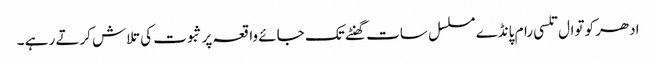
ادھر کوتوال تلسی رام پانڈے مسلسل سات گھنٹے تک جائے واقعہ پر ثبوت کی تلاش کرتے رہے ۔